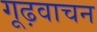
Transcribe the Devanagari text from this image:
गूढ़वाचन